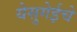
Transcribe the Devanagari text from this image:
येसुगेईचे